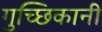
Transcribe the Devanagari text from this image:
गुच्छिकानी